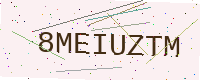
Text: 8MEIUZTM